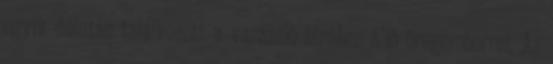
egyik délután találkozott a varázsló hírében álló öregemberrel. Az